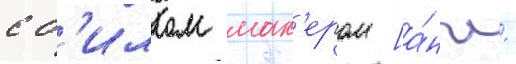
с б'иллом мах'ером [а́нгл.